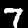
Label: 7